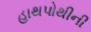
હાથપોથીની